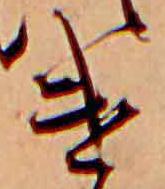
け